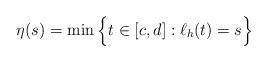
LaTeX: \begin{align*}\eta(s) = \min \Big\{ t \in [c,d] : \ell_h(t)=s \Big\}\end{align*}